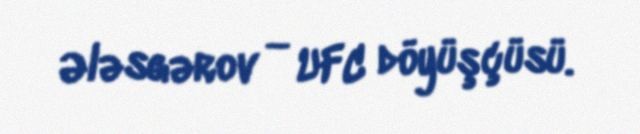
Ələsgərov — UFC döyüşçüsü.